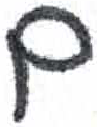
אות: ם